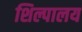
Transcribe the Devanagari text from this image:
शिल्पालय